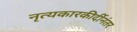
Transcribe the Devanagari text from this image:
नृत्यकारकीर्दीनंतर